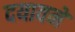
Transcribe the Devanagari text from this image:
दयावने